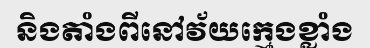
និងតាំងពីនៅវ័យក្មេងខ្លាំង